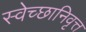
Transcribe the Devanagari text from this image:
स्वेच्छानिवृत्त